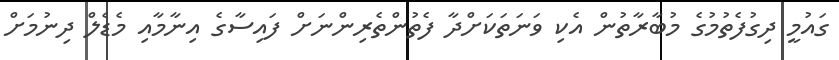
ގައުމީ ދިގުފެތުމުގެ މުބާރާތުން އެކި ވަނަތަކަށްދާ ފެތުންތެރިންނަށް ފައިސާގެ އިނާމާއި މެޑެލް ދިނުމަށް